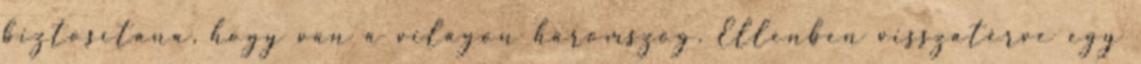
biztosítana, hogy van a világon háromszög. Ellenben visszatérve egy